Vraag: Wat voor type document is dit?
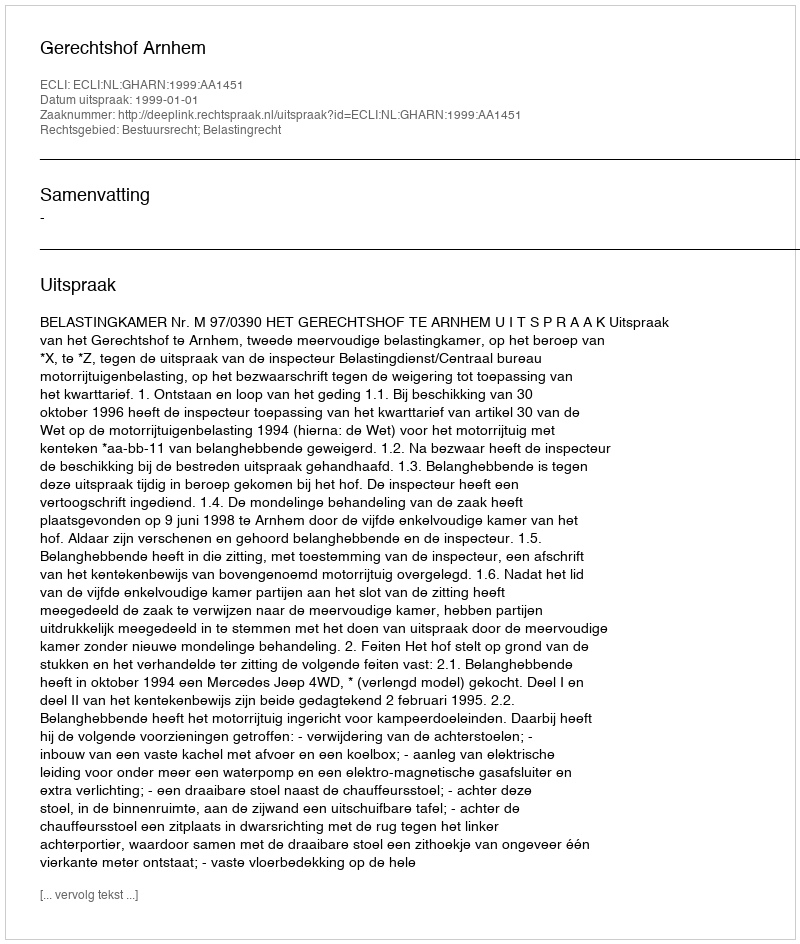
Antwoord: Uitspraak